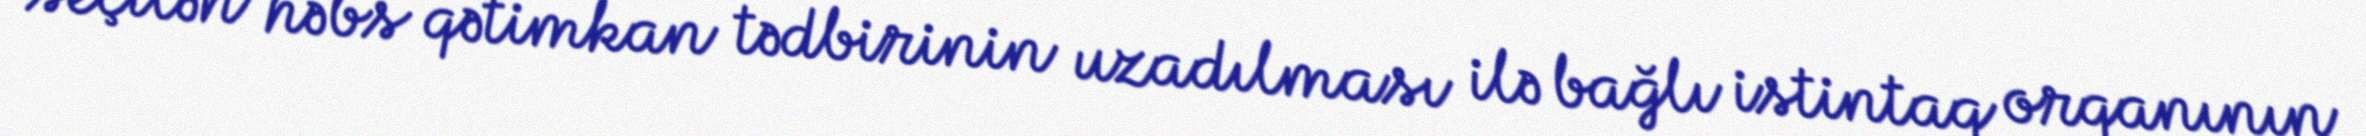
seçilən həbs qətimkan tədbirinin uzadılması ilə bağlı istintaq orqanının